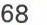
68